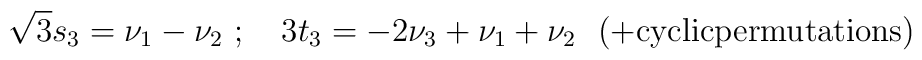
{\sqrt 3} s_3 = \nu_1 - \nu_2 \ ;\quad 3 t_3 = -2 \nu_3 + \nu_1 + \nu_2 \ \ ( + {\rm cyclic permutations})